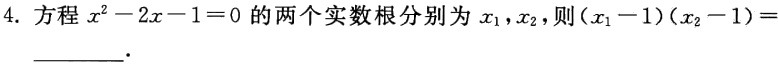
4. 方程$x^{2}-2x - 1 = 0$的两个实数根分别为$x_{1},x_{2}$，则$(x_{1}-1)(x_{2}-1)=$________．